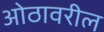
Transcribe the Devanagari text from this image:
ओठावरील